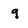
Character: g